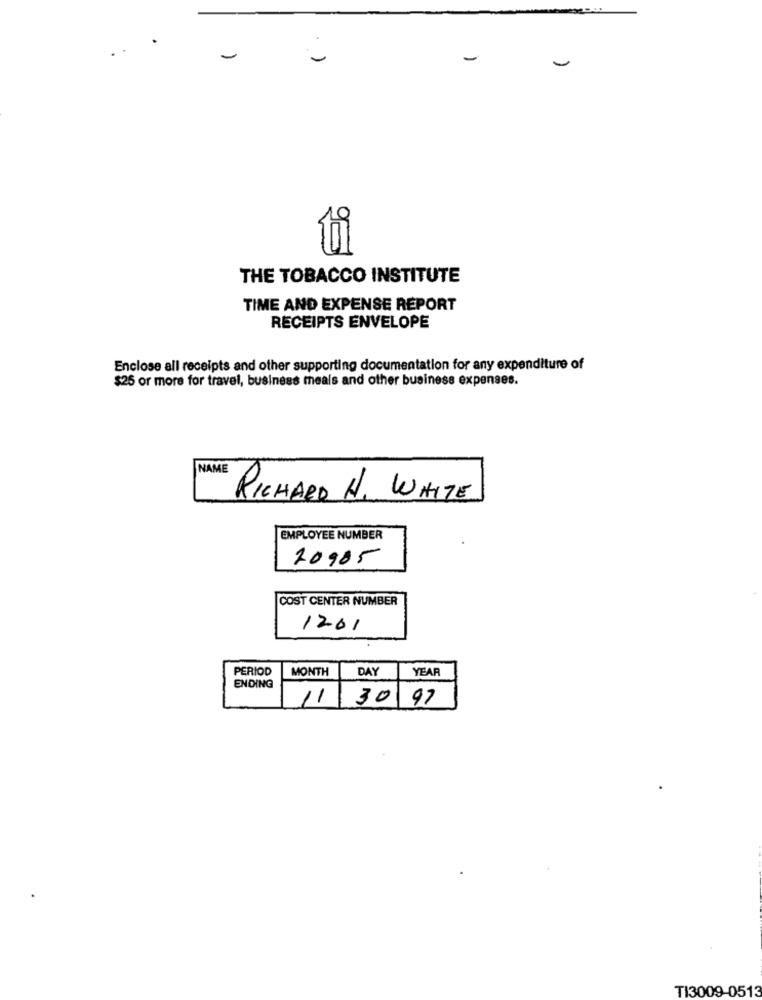
-
-
-
5
THE TOBACCO INSTITUTE
TIME AND EXPENSE REPORT
RECEIPTS ENVELOPE
Enclose all receipts and other supporting documentation for any expenditure of
$25 or more for travel, business meals and other business expenses.
NAME
RICHARD H. WHITE
EMPLOYEE NUMBER
20905
COST CENTER NUMBER
1201
PERIOD
MONTH
DAY
YEAR
ENDING
11
30 97
TI3009-0513